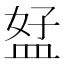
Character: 𥁨